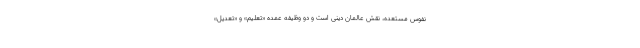
نفوس مستعده، نقش عالمان دینی است و دو وظیفه عمده «تعلیم» و «تعدیل»